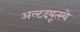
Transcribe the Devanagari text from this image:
अल्टदयूत्स्चे